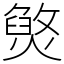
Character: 㷺